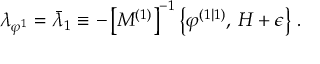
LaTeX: \lambda _ { \varphi ^ { 1 } } = \bar { \lambda } _ { 1 } \equiv - \left[ M ^ { \left( 1 \right) } \right] ^ { - 1 } \left\{ \varphi ^ { \left( 1 | 1 \right) } , \, H + \epsilon \right\} \, .